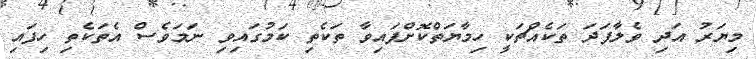
މިޔަރު އަދި ވެލާފަދަ ތަކެއްޗަކީ ހިމާޔަތްކޮށްފައިވާ ތަކެތި ކަމުގައިވި ނަމަވެސް އެތަކެތި ހިފައި